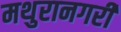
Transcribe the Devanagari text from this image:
मथुरानगरी